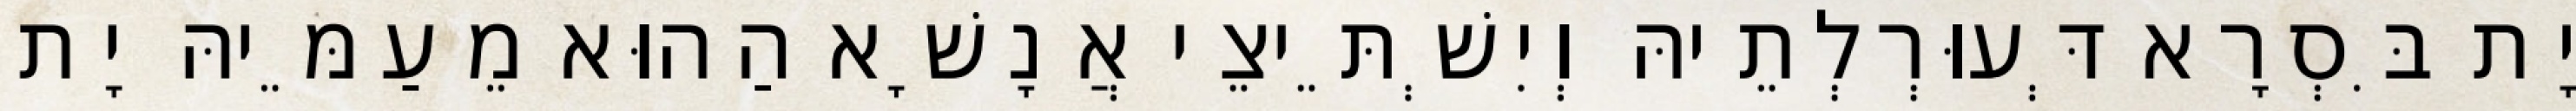
יָת בִּסְרָא דְּעוּרְלְתֵיהּ וְיִשְׁתֵּיצֵי אֲנָשָׁא הַהוּא מֵעַמֵּיהּ יָת